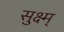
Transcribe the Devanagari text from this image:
सुक्ष्म्